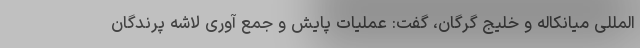
المللی میانکاله و خلیج گرگان، گفت: عملیات پایش و جمع آوری لاشه پرندگان